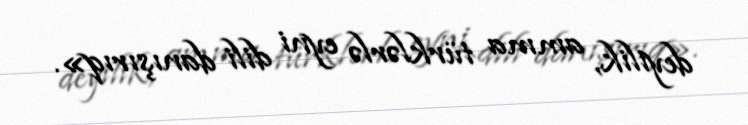
deyilik, amma türklərlə eyni dili danışırıq».